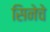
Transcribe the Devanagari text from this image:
सिनेचे